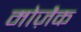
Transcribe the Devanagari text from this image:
मोज़ैक